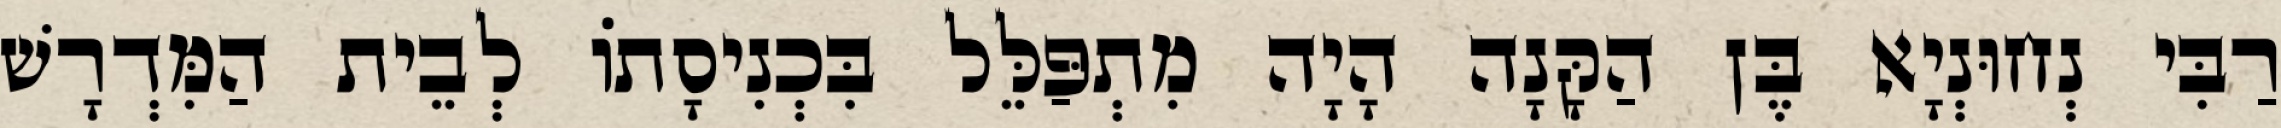
רַבִּי נְחוּנְיָא בֶּן הַקָּנָה הָיָה מִתְפַּלֵּל בִּכְנִיסָתוֹ לְבֵית הַמִּדְרָשׁ